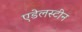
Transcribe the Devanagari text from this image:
एडेलस्टीन